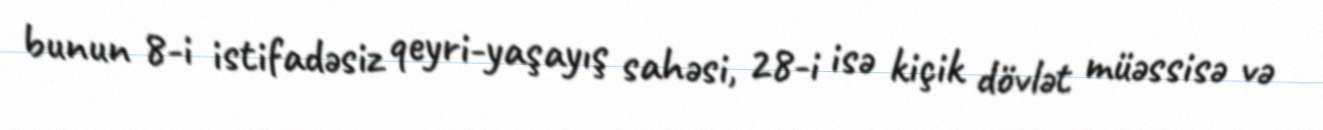
bunun 8-i istifadəsiz qeyri-yaşayış sahəsi, 28-i isə kiçik dövlət müəssisə və